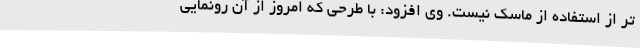
تر از استفاده از ماسک نیست. وی افزود: با طرحی که امروز از آن رونمایی